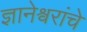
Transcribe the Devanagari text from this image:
ज्ञानेश्र्वरांचे